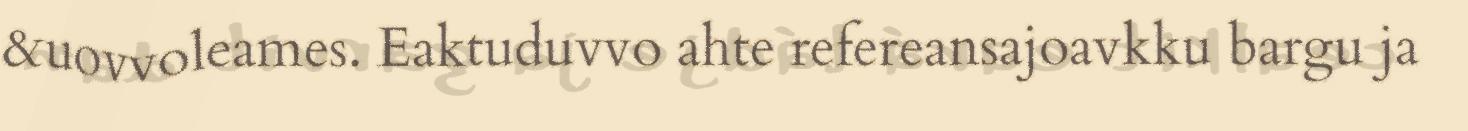
&uovvoleames. Eaktuduvvo ahte refereansajoavkku bargu ja